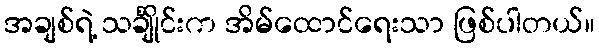
အချစ်ရဲ့ သင်္ချိုင်းက အိမ်ထောင်ရေးသာ ဖြစ်ပါတယ်။